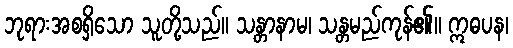
ဘုရားအစရှိသော သူတို့သည်။ သန္တာနာမ၊ သန္တမည်ကုန်၏။ ဣဓပန၊